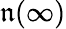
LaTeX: \mathfrak{n}(\infty)